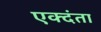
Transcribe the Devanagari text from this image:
एक्दंता